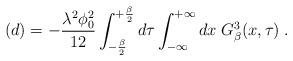
LaTeX: \begin{align*}(d)= - \frac{\lambda^2 \phi_0^2}{12} \int_{- \frac {\beta} {2}}^{+\frac {\beta} {2}} d \tau \int_{-\infty}^{+\infty} dx \; G^3_{\beta} (x, \tau) \; .\end{align*}